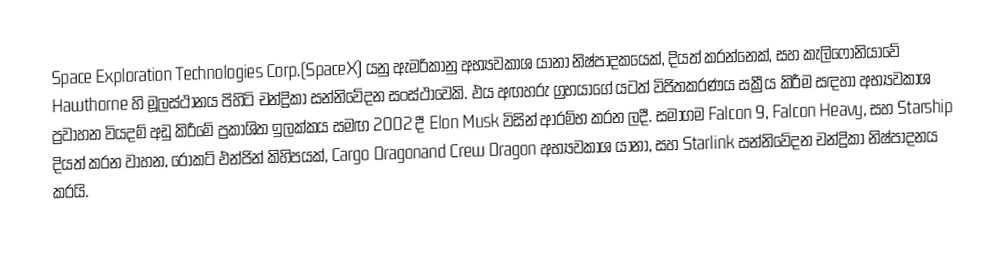
Space Exploration Technologies Corp.(SpaceX) යනු ඇමරිකානු අභ්‍යවකාශ යානා නිෂ්පාදකයෙක්, දියත් කරන්නෙක්, සහ කැලිෆෝනියාවේ Hawthorne හි මූලස්ථානය පිහිටි චන්ද්‍රිකා සන්නිවේදන සංස්ථාවෙකි. එය අඟහරු ග්‍රහයාගේ යටත් විජිතකරණය සක්‍රීය කිරීම සඳහා අභ්‍යවකාශ ප්‍රවාහන වියදම් අඩු කිරීමේ ප්‍රකාශිත ඉලක්කය සමඟ 2002 දී Elon Musk විසින් ආරම්භ කරන ලදී. සමාගම Falcon 9, Falcon Heavy, සහ Starship දියත් කරන වාහන, රොකට් එන්ජින් කිහිපයක්, Cargo Dragonand Crew Dragon අභ්‍යවකාශ යානා, සහ Starlink සන්නිවේදන චන්ද්‍රිකා නිෂ්පාදනය කරයි.